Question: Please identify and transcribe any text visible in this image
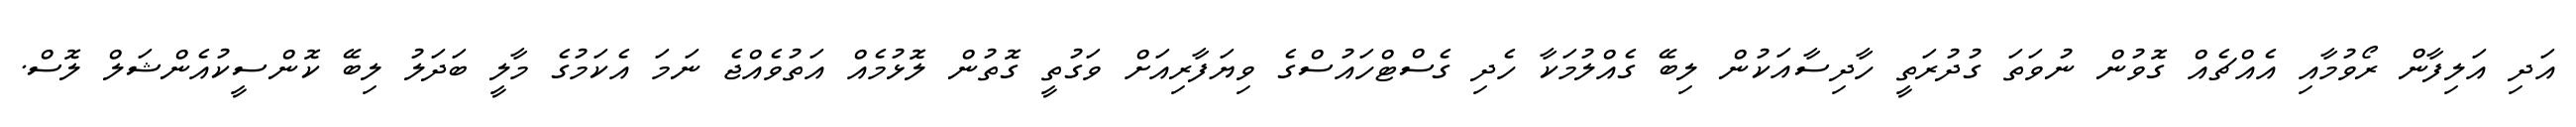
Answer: އަދި އަލިފާން ރޯވުމާއި އެއްޗެއް ގޮވުން ނުވަތަ ގުދުރަތީ ހާދިސާއަކުން ލިބޭ ގެއްލުމަކާ ހެދި ގެސްޓްހައުސްގެ ވިޔަފާރިއަށް ވަގުތީ ގޮތުން ލޮޅުމެއް އަތުވެއްޖެ ނަމަ އެކަމުގެ މާލީ ބަދަލު ލިބޭ ކޮންސީކުއެންޝަލް ލޮސް.